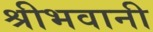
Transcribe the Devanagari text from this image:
श्रीभवानी